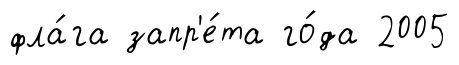
фла́га запр'е́та го́да 2005